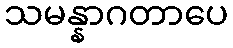
သမန္နာဂတာပေ